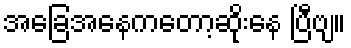
အခြေအနေကတော့ဆိုးနေ ပြီဗျ။